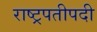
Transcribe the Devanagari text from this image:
राष्ट्रपतीपदी